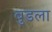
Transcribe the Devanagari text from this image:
बुडला